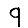
Digit: 9